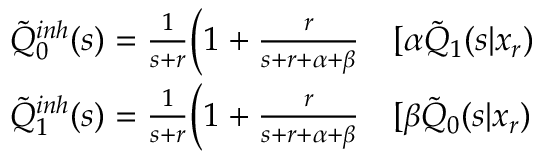
\begin{array} { r l } { \tilde { Q } _ { 0 } ^ { i n h } ( s ) = \frac { 1 } { s + r } \bigg ( 1 + \frac { r } { s + r + \alpha + \beta } } & { { } [ \alpha \tilde { Q } _ { 1 } ( s | x _ { r } ) } \\ { \tilde { Q } _ { 1 } ^ { i n h } ( s ) = \frac { 1 } { s + r } \bigg ( 1 + \frac { r } { s + r + \alpha + \beta } } & { { } [ \beta \tilde { Q } _ { 0 } ( s | x _ { r } ) } \end{array}